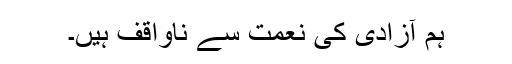
ہم آزادی کی نعمت سے ناواقف ہیں۔